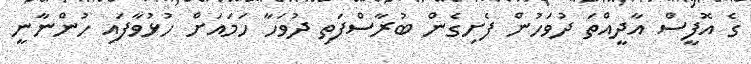
ގެ އޮފީސް އާދީއްތަ ދުވަހުން ފެށިގެން ބުރާސްފަތި ދުވަހާ ހަމައަށް ހުޅުވާފައި ހުންނާނީ